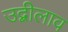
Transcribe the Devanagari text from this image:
उद्बीलाव